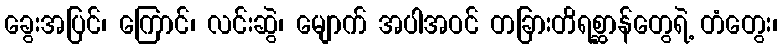
ခွေးအပြင်၊ ကြောင်၊ လင်းဆွဲ၊ မျောက် အပါအဝင် တခြားတိရစ္ဆာန်တွေရဲ့ တံတွေး၊